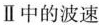
Ⅱ中的波速